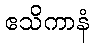
ဧသိကာနံ